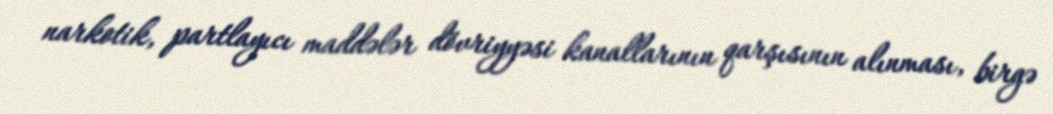
narkotik, partlayıcı maddələr dövriyyəsi kanallarının qarşısının alınması, birgə